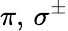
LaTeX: \pi,\, \sigma^{\pm}